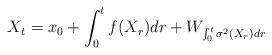
LaTeX: \begin{align*} X_t = x_0 + \int_0^t f(X_r)dr + W_{\int_0^t \sigma^2(X_r)dr}\end{align*}